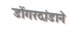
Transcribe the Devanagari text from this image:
डोंगरदांडाने